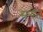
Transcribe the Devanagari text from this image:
सगेत